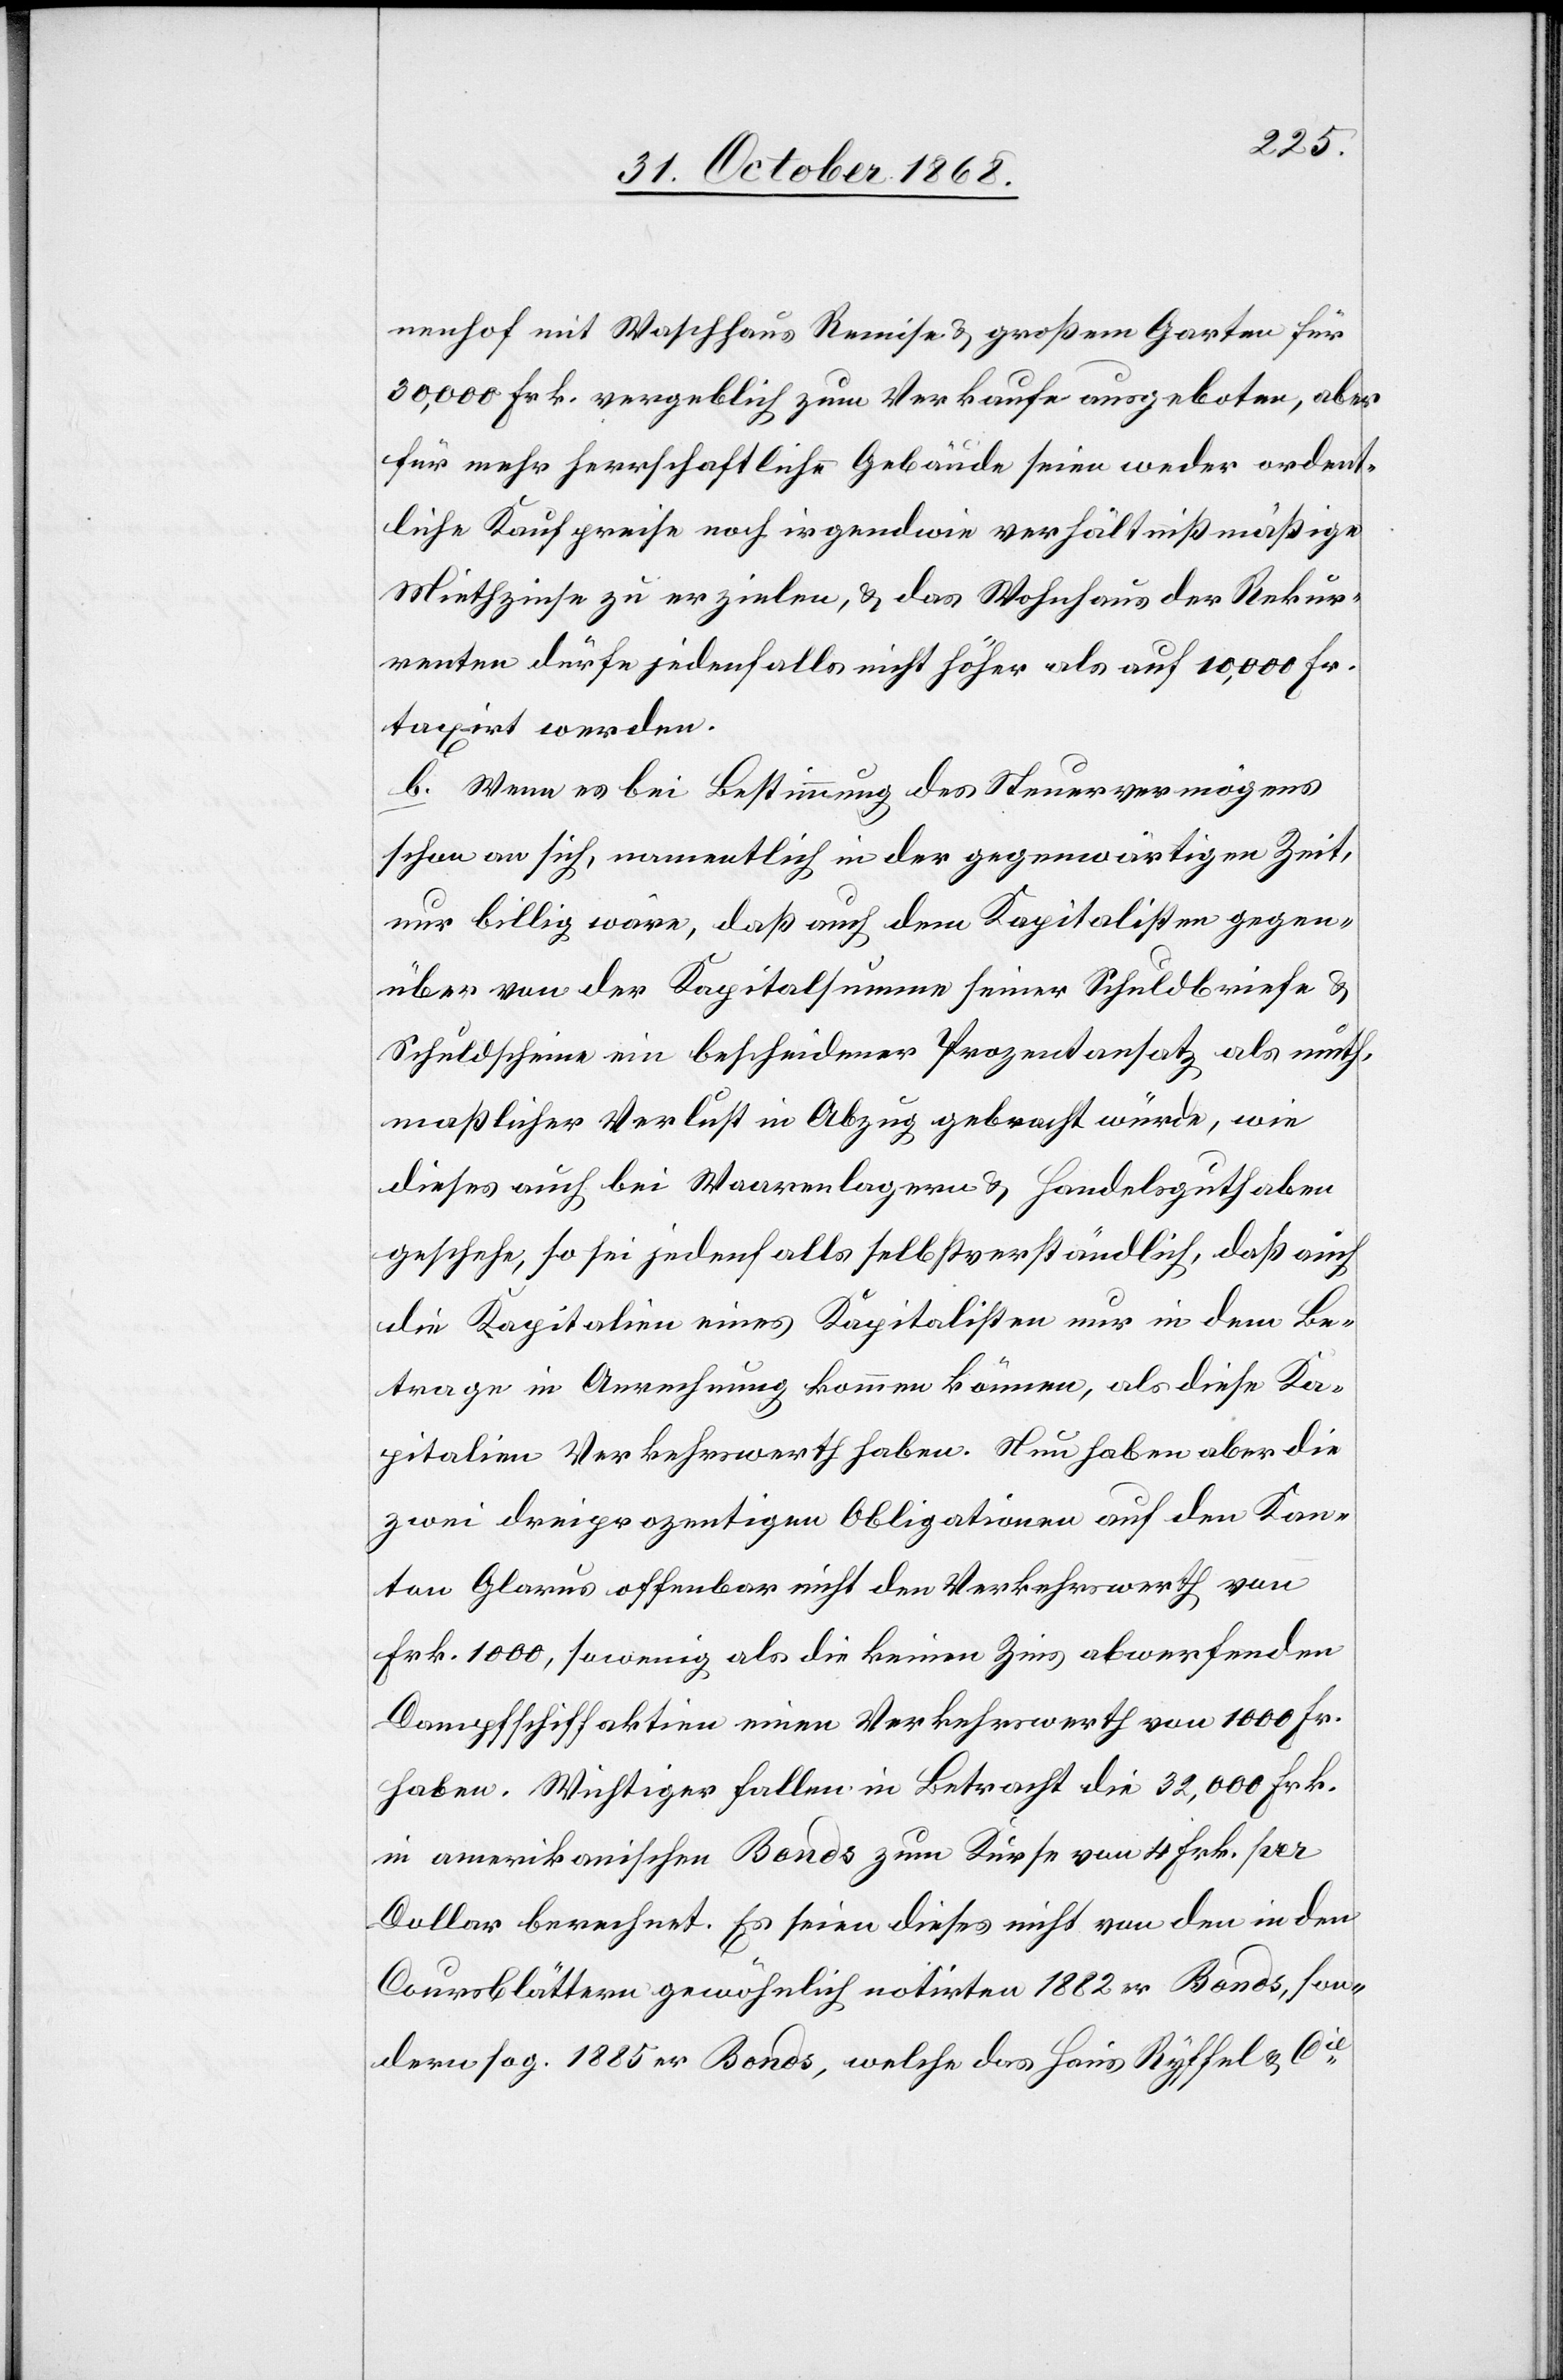
nenhof mit Waschhaus[,] Remise & großem Garten für
30,000 Frk. vergeblich zum Verkaufe ausgeboten, aber
für mehr herrschaftliche Gebäude seien weder ordent¬
liche Kaufpreise noch irgendwie verhältnißmäßige
Miethzinse zu erzielen, & das Wohnhaus der Rekur¬
renten dürfe jedenfalls nicht höher als auf 10,000 Fr.
taxirt werden.
b. Wenn es bei Bestimmung des Steuervermögens
schon an sich, namentlich in der gegenwärtigen Zeit,
nur billig wäre, daß auch dem Kapitalisten gegen¬
über von der Kapitalsumme seiner Schuldbriefe &
Schuldscheine ein bescheidener Prozentansatz als muth¬
maßlicher Verlust in Abzug gebracht würde, wie
dieses auch bei Waarenlagern & Handelsguthaben
geschehe, so sei jedenfalls selbstverständlich, daß auch
die Kapitalien eines Kapitalisten nur in dem Be¬
trage in Anrechnung kommen können, als diese Ka¬
pitalien Verkehrswerth haben. Nun haben aber die
zwei dreiprozentigen Obligationen auf den Kan¬
ton Glarus offenbar nicht den Verkehrswerth von
Frk. 1000, sowenig als die keinen Zins abwerfenden
Dampfschiffaktien einen Verkehrswerth von 1000 Fr.
haben. Wichtiger fallen in Betracht die 32,000 Frk.
in amerikanischen Bonds zum Kurse von 4 Frk. per
Dollar berechnet. Es seien dieses nicht von den in den
Coursblättern gewöhnlich notirten 1882er Bonds, son¬
dern sog. 1885er Bonds, welche das Haus Ryffel & Cie